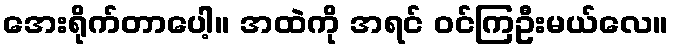
အေးရိုက်တာပေါ့။ အထဲကို အရင် ဝင်ကြဦးမယ်လေ။